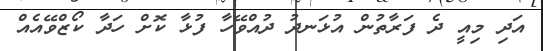
އަދި މިއީ ދެ ފަރާތުން އުޅަނދު ދުއްވޭހާ ފުޅާ ކޮށް ހަދާ ކޯޒްވޭއެއް